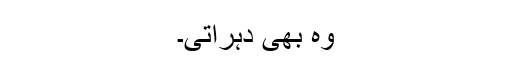
وہ بھی دہراتی۔